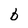
Character: b